system: You are a helpful assistant.
user:
Analyze the provided spectrum to determine if it is a **M-type Giant (gM)**.

A M-type Giant spectrum is defined by its **strong molecular absorption** features, particularly from **Titanium Oxide (TiO)**. You must check for one of the following mutually exclusive signatures:

- **Key Visual Indicators (Absorption-Dominated Spectrum):**

    - **(Primary):** The spectrum is dominated by strong molecular absorption from **Titanium Oxide (TiO)**. This is the **defining feature** of its M-type temperature class.
        - **(Key Bandheads):** Look for sharp, "saw-tooth" absorption valleys. The strongest are located near **~7050 Å**, **~6160 Å**, and **~5170 Å**.
        - **(Line Profile):** The "saw-tooth" morphology is critical: a **sharp, steep drop on the BLUE (short-wavelength) side** of the bandhead, followed by a gradual recovery (rising flux) towards the RED (long-wavelength) side.

    - **(Key Confirmation - Giant vs. Dwarf):** **ABSENCE** of strong **Calcium Hydride (CaH)** molecular bands. This is the primary diagnostic for *excluding* M-dwarfs.
        - **(Key Region):** The spectrum should lack the strong, broad absorption band seen in dwarfs between **~6800 Å and ~7000 Å**.

    - **(Secondary Confirmation - Giant):** A very strong and broad **Neutral Calcium (Ca I)** atomic absorption line.
        - **(Key Line):** Located at **~4226 Å**. In a giant (gM), this line is significantly deeper and broader than the same line in an M-dwarf (dM) due to low surface gravity.

    - **(Overall Spectrum):**
        - The continuum is **extremely red-sloping** (i.e., flux is very low in the blue and rises dramatically towards the red).
        - The entire spectrum appears "chopped up" by the deep TiO bands.

Think first, call **spectral_visualization_tool** if needed to examine features in detail, then provide your final answer. Your response must adhere to the following strict rules:
1.  **Overall Structure:** Your response must follow the format `<think>...</think> <tool_call>...</tool_call> (if a tool is used) <answer>...</answer>`.
2.  **Tool Usage Constraint:** You may only make **one** tool call per turn.
3.  **Final Answer Format:** In the `<answer>` tag, your conclusion must be inside a `\boxed{}` command (e.g., `\boxed{YES}` or `\boxed{NO}`), followed by your justification.

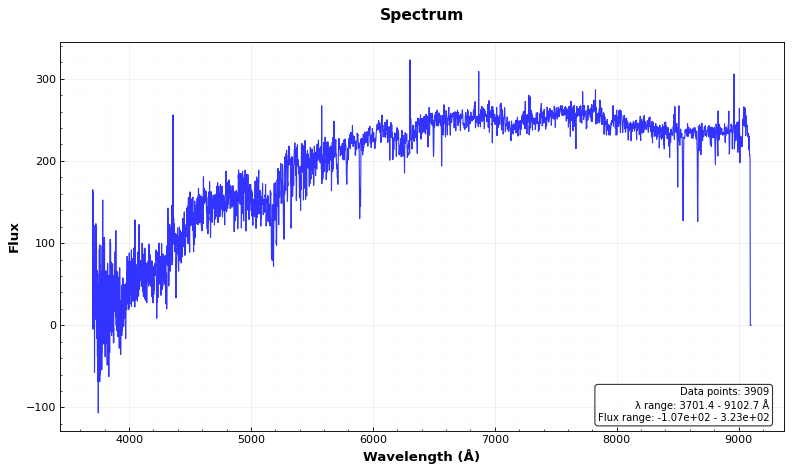
Answer: NO